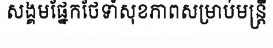
សង្គមផ្នែកថែទាំសុខភាពសម្រាប់មន្ត្រី